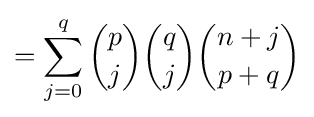
=\sum _{j=0}^{q}{p \choose j}{q \choose j}{{n+j} \choose {p+q}}